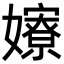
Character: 𡣲